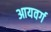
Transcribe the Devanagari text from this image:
आयवर्ग